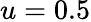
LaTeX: u=0.5